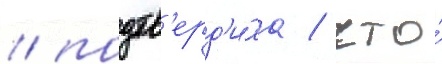
/ подтв'ерд'и́ла / что́